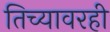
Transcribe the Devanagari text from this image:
तिच्यावरही